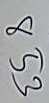
853